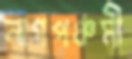
নাগপঞ্চমী